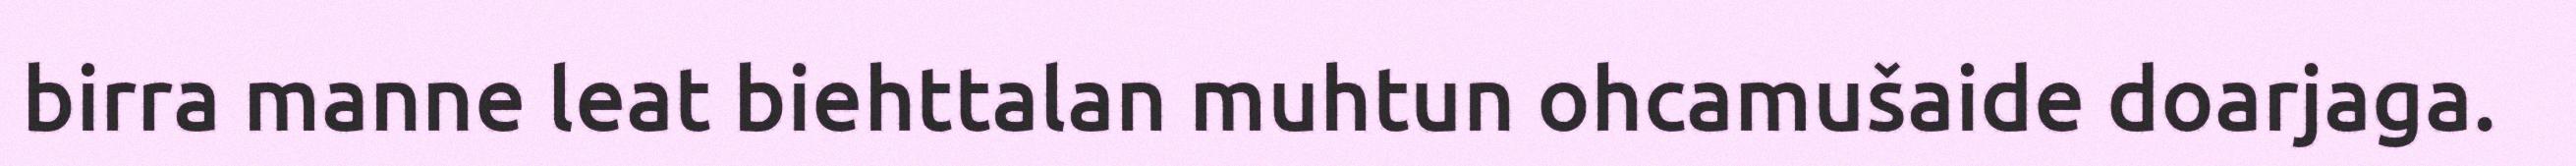
birra manne leat biehttalan muhtun ohcamušaide doarjaga.